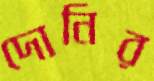
দোনির